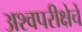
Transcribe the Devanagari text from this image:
अश्वपरीक्षेचे